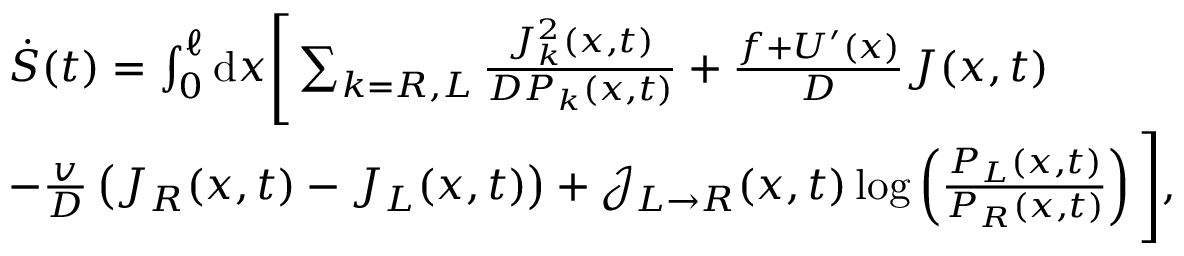
\begin{array} { r l } & { \dot { S } ( t ) = \int _ { 0 } ^ { \ell } \mathrm { d } x \Bigg [ \sum _ { k = R , L } \frac { J _ { k } ^ { 2 } ( x , t ) } { D P _ { k } ( x , t ) } + \frac { f + U ^ { \prime } ( x ) } { D } J ( x , t ) } \\ & { - \frac { v } { D } \left( J _ { R } ( x , t ) - J _ { L } ( x , t ) \right) + \mathcal { J } _ { L \rightarrow R } ( x , t ) \log \left( \frac { P _ { L } ( x , t ) } { P _ { R } ( x , t ) } \right) \Bigg ] , } \end{array}